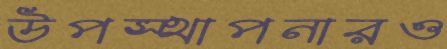
উপস্থাপনারও